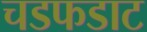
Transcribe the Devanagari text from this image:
चडफडाट